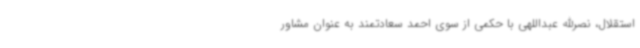
استقلال، نصرالله عبداللهی با حکمی از سوی احمد سعادتمند به عنوان مشاور